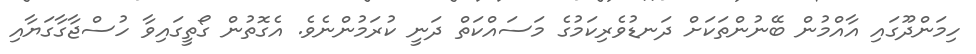
ހިމަންދޫގައި އާއްމުން ބޭނުންތަކަށް ދަނޑުވެރިކަމުގެ މަސައްކަތް ދަނީ ކުރަމުންނެވެ. އެގޮތުން ގޯތީގައިވާ ހުސްޖާގާގަޔާއި